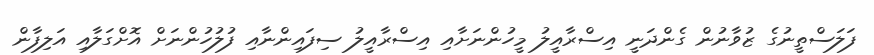
ފަލަސްތީނުގެ ޒުވާނުން ގެންދަނީ އިސްރާއީލު މީހުންނަށާއި އިސްރާއީލު ސިފައިންނާއި ފުލުހުންނަށް އޮށްގަލާއި އަލިފާން